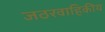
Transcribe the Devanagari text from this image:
जठरवाहिकीय